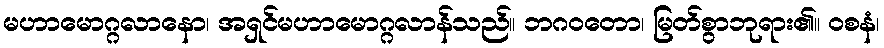
မဟာမောဂ္ဂလာနော၊ အရှင်မဟာမောဂ္ဂလာန်သည်။ ဘဂဝတော၊ မြတ်စွာဘုရား၏။ ဝစနံ၊